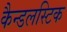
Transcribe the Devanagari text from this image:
कैन्डलस्टिक